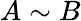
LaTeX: A\sim B